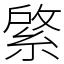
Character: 綮